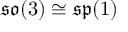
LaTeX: { \mathfrak { s o } } ( 3 ) \cong { \mathfrak { s p } } ( 1 )